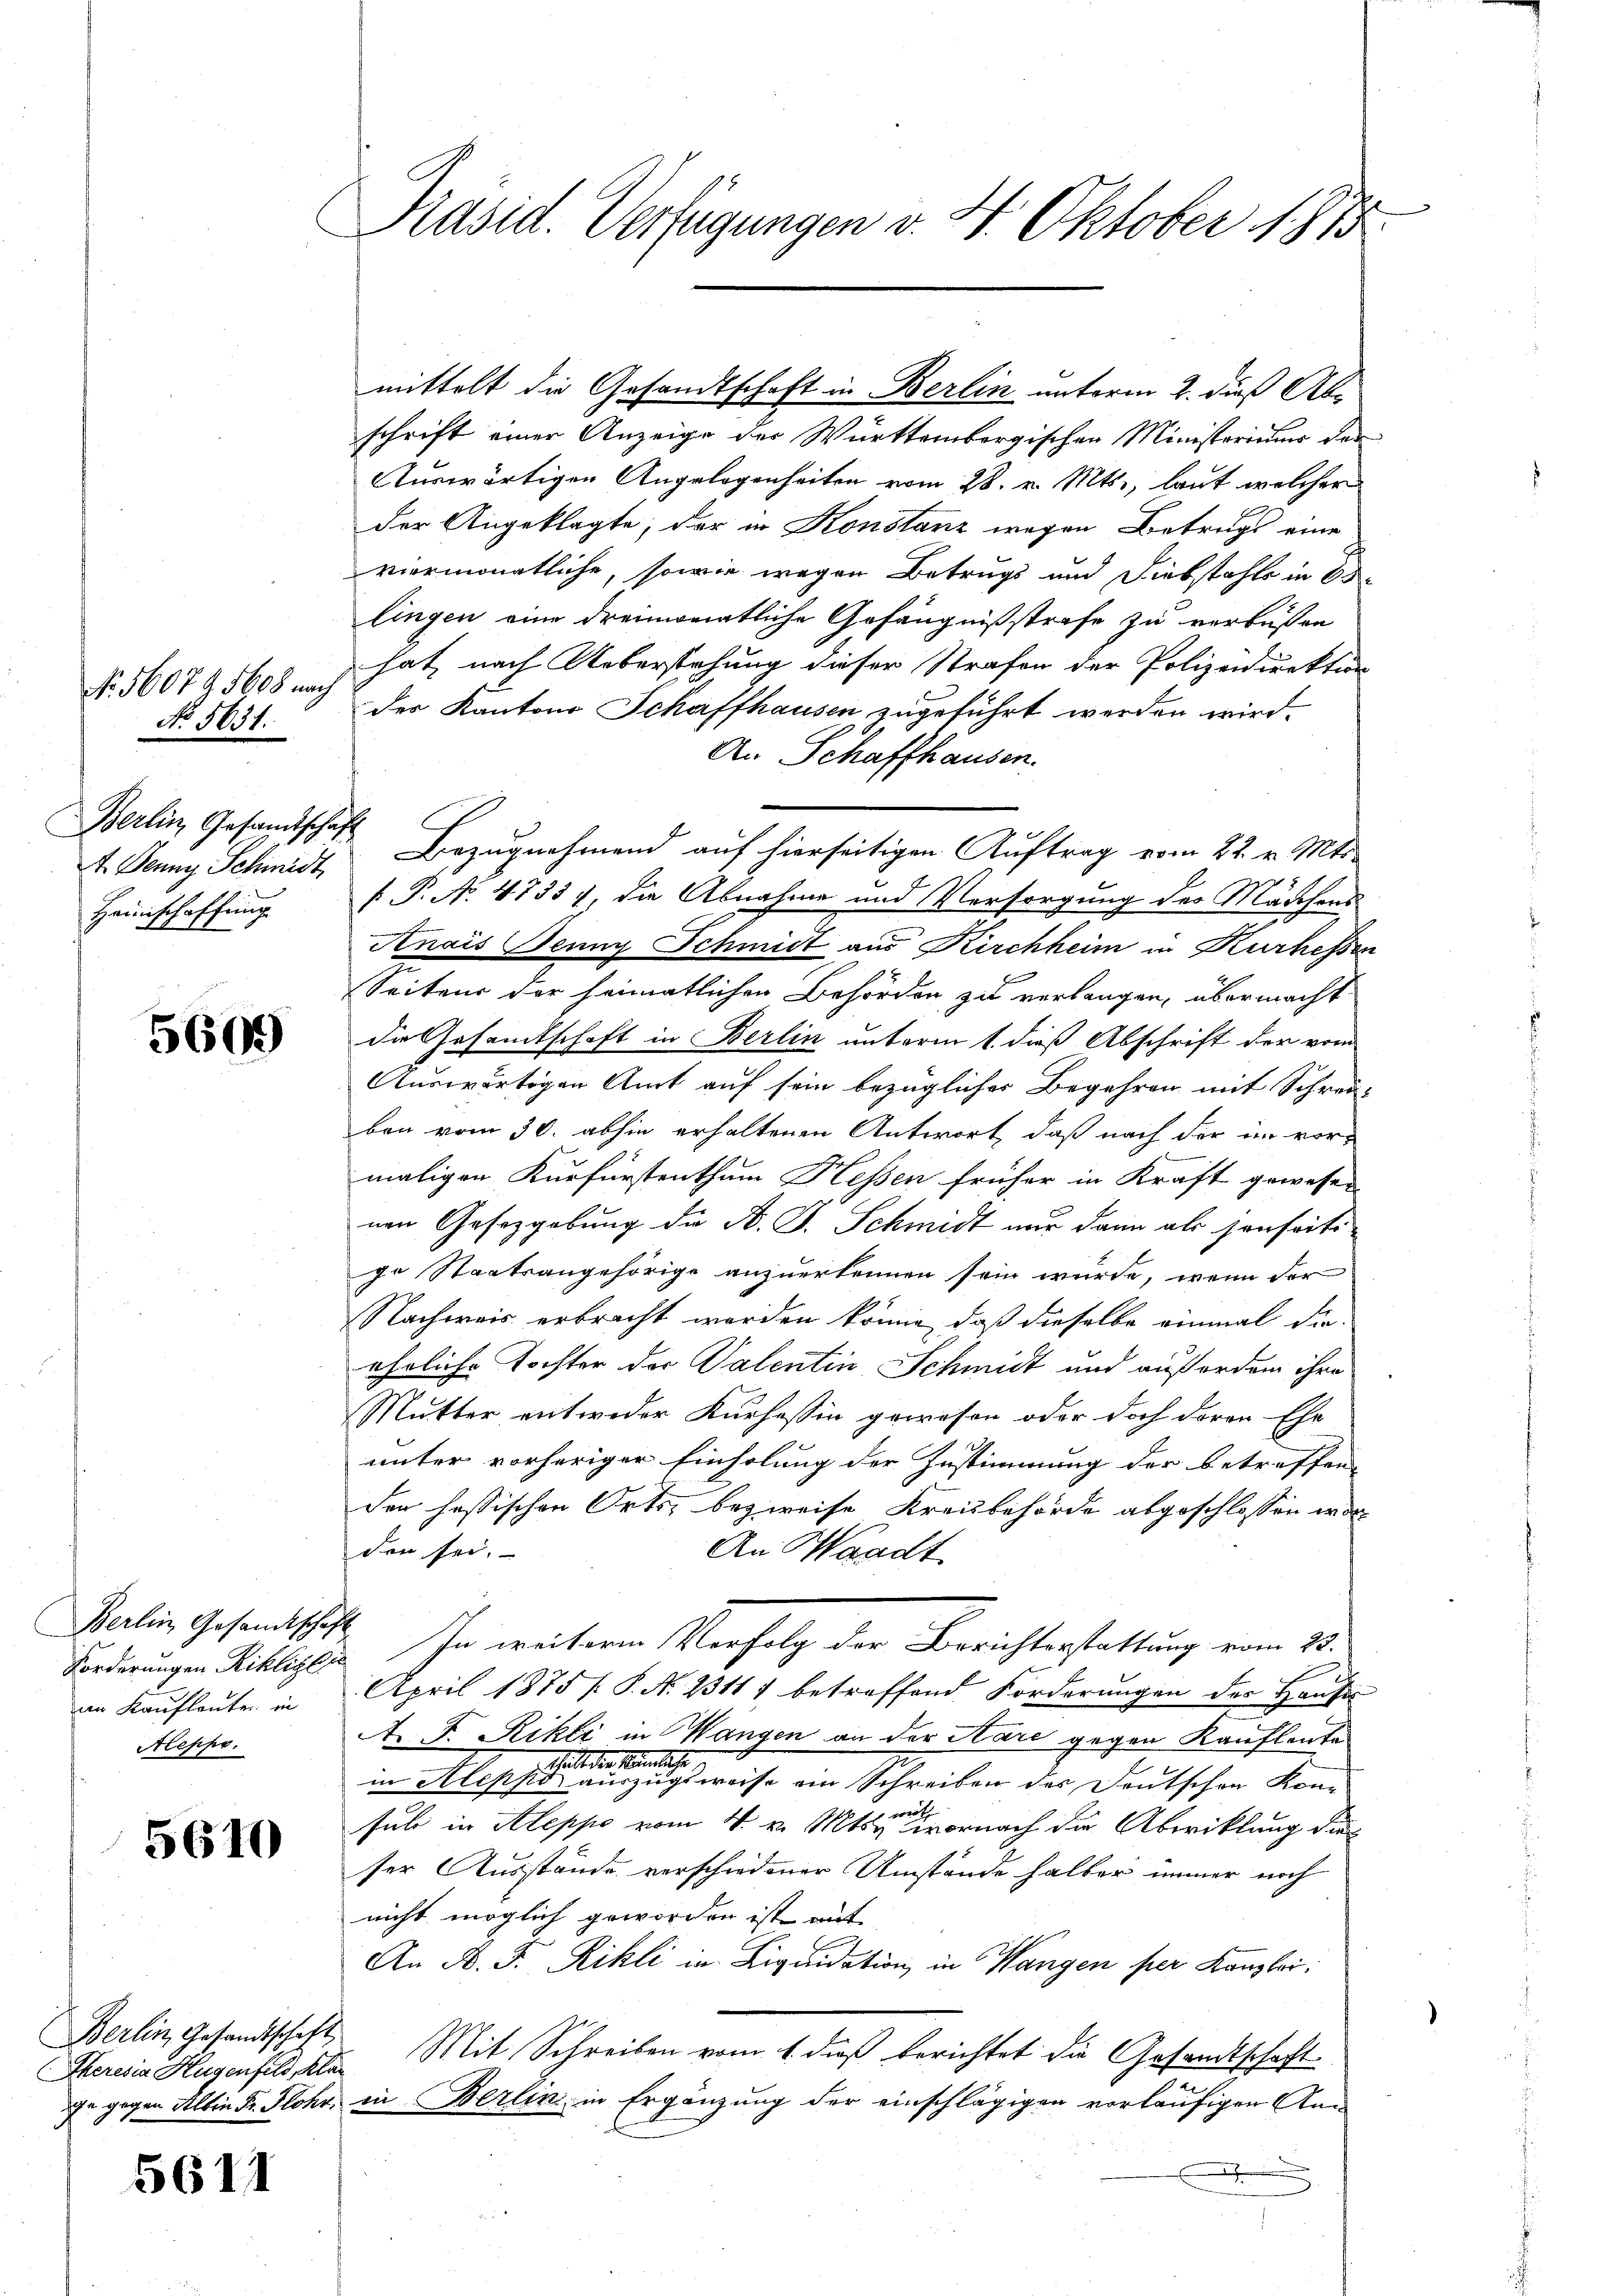
No. 560745608 nach
No 5631.
Berlin, Gesamtschaft
Heimschaffung

5609

Berlin, Gesandtschaft
im Kaufleute in
Aleppo.

5610

Berlin, Gesandtschaft

5611

Präsid. Verfügungen v. 4. Oktober 1815.

schrift einer Anzeige der Württembergischen Ministeriums der
Auswärtigen Angelegenheiten vom 28. v. Mts., laut welcher
der Angeklagte, der in Konstanz wegen Betrugs eine
viermonatliche, sowie wegen Betrugs und Diebstahle in O
lingen eine dreimonatliche Gefängnißstrafe zu verbüßen
hat, nach Ueberstehung dieser Strafen der Polizeidirektion
der Kantons Schaffhausen zugeführt werden wird.
An Schaffhausen.
t. Jenny Schmidt Bezugnahmend auf hierseitigen Auftrag vom 22. v. Mts.
 P. N. 47334, die Abnahme und Versorgung des Mädchens
Anais Jenny Schmidt aus Kirchheim in Kurhessen
Seitens der heimatlichen Behörden zu verlangen, übermacht
die Gesandtschaft in Berlin unterm 1. dieß Abschrift der vom
Auswärtigen Amt auf sein bezüglicher Begehren mit Schreiben vom 30. abhin erhaltenen Antwort, daß nach der im vormaligen Kurfürstenthum Hessen früher in Kraft gewesen
nen Gesetzgebung die A. J. Schmidt nur dann als sonseitige Staatsangehörige anzuerkennen sein würde, wenn der
Nachweis erbracht worden könne, daß dieselbe einmal die
ehrliche Tochter der Valentin Schmidt und außerden ihre
Mutter entweder Kurhessin gewesen oder doch deron Ehe
unter vorheriger Einholung der Zustimmung der betreffen-
den hassischen Orts, bezweife Kreisbehörde abgeschlossen worden sei.
An Waadt.
Forderungen Billiges In weitere Verfolg der Berichterstattung vom 23.
April 1875 /: P. N. 23117 betreffend Forderungen der Hause
A. F. Rikti in Wangen an der Kare gegen Kaufleute
theilt den kömmliche
in Aleppo auszugsweise ein Schreiben der Deutschen Kon-
ö
sul in Aleppe vom 4. v. Mts. wornach die Abwicklung dies
ser Ausstände verschiedener Umstände halber immer noch
nicht möglich geworden ist mit
An A. F. Rikli in Liquidation in Wangen per Kanzlei:
Theresia Hugenfeld, als Mit Schreiben vom 1. dieß berichtet die Gesandtschaft
ie gegen Albin Dr. Flohr, in Berlin, in Ergänzung der einschlägigen vorläufigen An-

mittelt die Gesandtschaft in Berlin unterm 2. dieß Abe